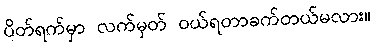
ပိတ်ရက်မှာ လက်မှတ် ဝယ်ရတာခက်တယ်မလား။